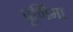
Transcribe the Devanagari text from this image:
प्रूर्णिमा